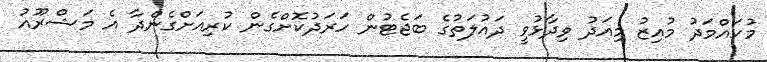
މުހައްމަދު މުއިޒު މިއަދު ވިދާޅުވީ ދައުލަތުގެ ބަޖެޓުން ހަރަދުކޮށްގެން ކުރިއަށްގެންދާ އެ މަޝްރޫއު